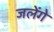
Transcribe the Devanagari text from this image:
जलेंगे